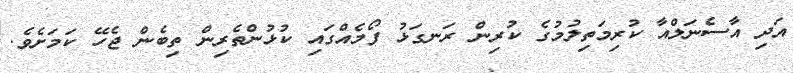
އަދި އާސެނަލްއާ ކުރިމަތިލުމުގެ ކުރިން ރަނގަޅު ފޯމެއްގައި ކުޅުންތެރިން ތިބެން ޖެހޭ ކަމަށެވެ.